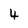
Character: 4